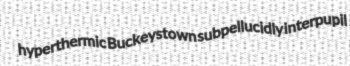
hyperthermic Buckeystown subpellucidly interpupil